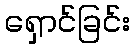
ရှောင်ခြင်း